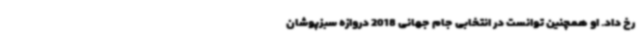
رخ داد. او همچنین توانست در انتخابی جام جهانی 2018 دروازه سبزپوشان